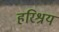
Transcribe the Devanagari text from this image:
हरिश्रय